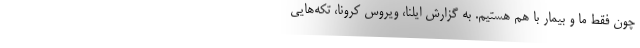
چون فقط ما و بیمار با هم هستیم. به گزارش ایلنا، ویروس کرونا، تکه‌هایی